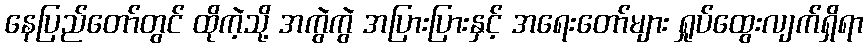
နေပြည်တော်တွင် ထိုကဲ့သို့ အကွဲကွဲ အပြားပြားနှင့် အရေးတော်များ ရှုပ်ထွေးလျက်ရှိရာ